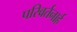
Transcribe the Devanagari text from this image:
परिवर्तनार्ह